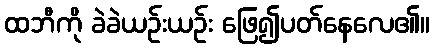
ထဘီကို ခဲခဲယဉ်းယဉ်း ဖြေ၍ပတ်နေလေ၏။